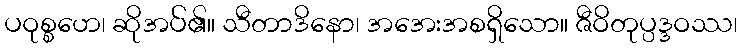
ပဝုစ္စဟေ၊ ဆိုအပ်၏။ သီတာဒိနော၊ အအေးအစရှိသော။ ဇီဝိတုပ္ပဒ္ဒဝဿ၊